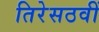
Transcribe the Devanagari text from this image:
तिरेसठवीं